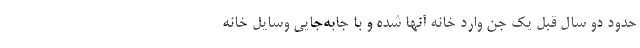
حدود دو سال قبل یک جن وارد خانه آنها شده و با جابه‌جایی وسایل خانه